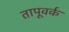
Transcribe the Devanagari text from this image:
तापूवर्क